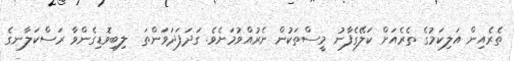
ތެރެއިން އަލިކަމުގެ ތެރެއަށް ކަލޭގެފާނު މީސްތަކުން ނެރުއްވުމަށެވެ. ގަދަފަދަވަންތަ  ލިބިވޮޑިގެންވާ ރަސްކަލާނގެ